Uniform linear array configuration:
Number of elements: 32
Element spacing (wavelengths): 1
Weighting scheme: uniform
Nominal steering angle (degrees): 30
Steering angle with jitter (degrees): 31.277
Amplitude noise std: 0.05
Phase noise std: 0.05

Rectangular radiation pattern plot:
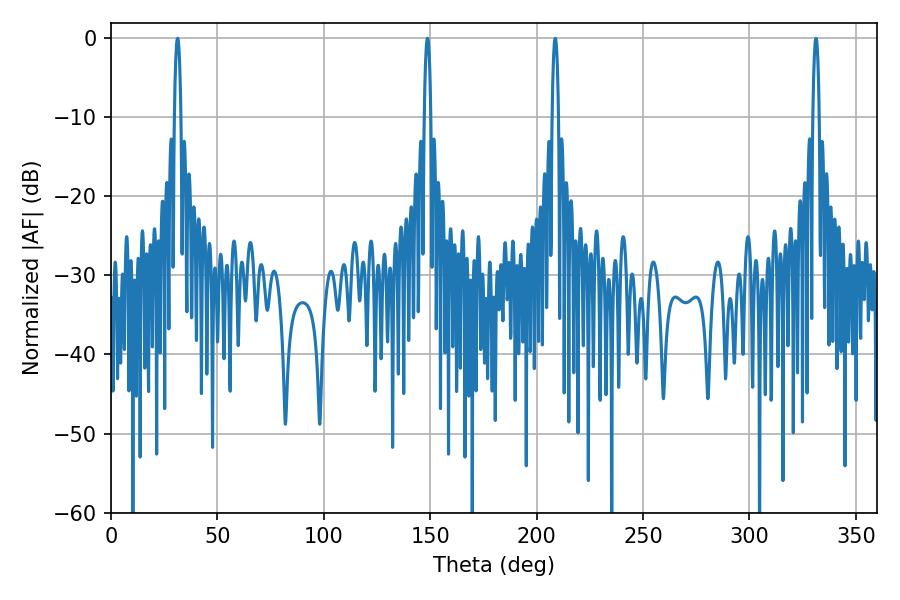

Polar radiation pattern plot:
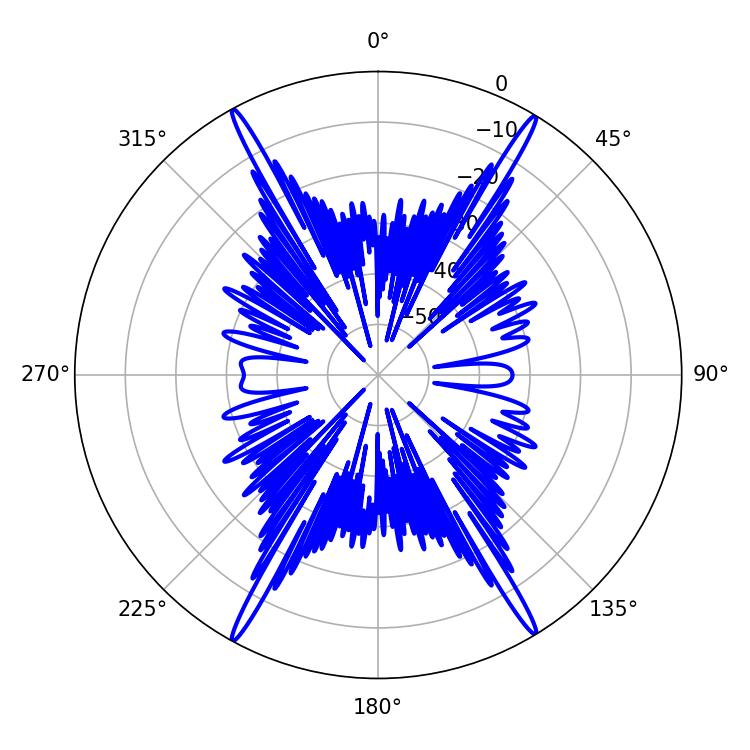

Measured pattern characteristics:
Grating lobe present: TRUE
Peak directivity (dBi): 27.248
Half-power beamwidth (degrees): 1.62
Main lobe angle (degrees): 148.68